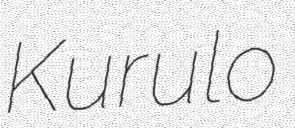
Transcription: Kurulo